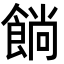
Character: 𩜋